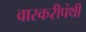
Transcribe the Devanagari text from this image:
वारकरीपंथी